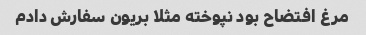
مرغ افتضاح بود نپوخته مثلا بریون سفارش دادم